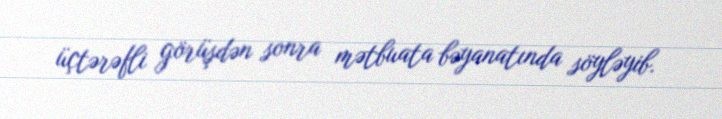
üçtərəfli görüşdən sonra mətbuata bəyanatında söyləyib.